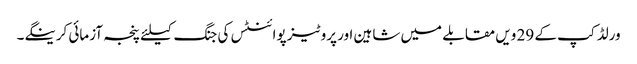
ورلڈ کپ کے 29 ویں مقابلے میں شاہین اور پروٹیز پوائنٹس کی جنگ کیلئے پنجہ آزمائی کرینگے۔